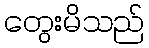
တွေးမိသည်